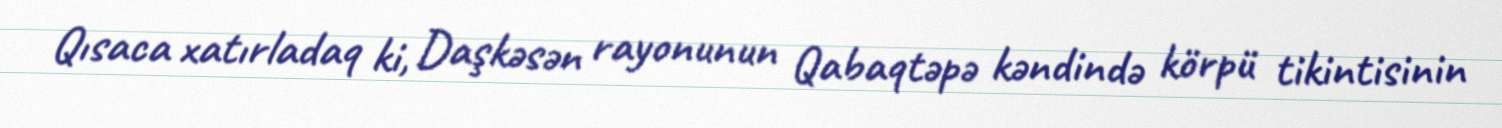
Qısaca xatırladaq ki, Daşkəsən rayonunun Qabaqtəpə kəndində körpü tikintisinin